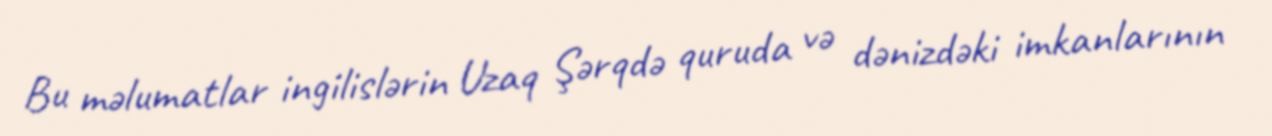
Bu məlumatlar ingilislərin Uzaq Şərqdə quruda və dənizdəki imkanlarının